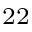
^ { 2 2 }